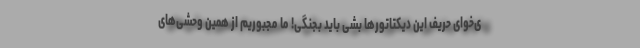
ی‌خوای حریف این دیکتاتورها بشی باید بجنگی! ما مجبوریم از همین وحشی‌های